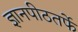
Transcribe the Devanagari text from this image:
ज्ञानपीठतर्फे